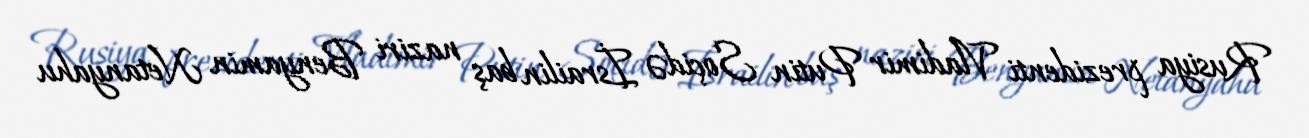
Rusiya prezidenti Vladimir Putin Soçidə İsrailin baş naziri Benyamin Netanyahu